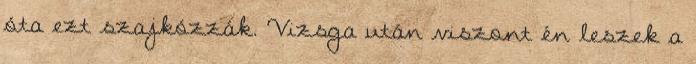
óta ezt szajkózzák. Vizsga után viszont én leszek a